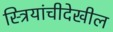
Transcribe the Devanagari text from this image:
स्त्रियांचीदेखील